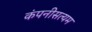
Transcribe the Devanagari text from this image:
कंपनीसत्यम